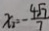
x _ { 2 } = - \frac { 4 \sqrt { 7 } } { 7 }